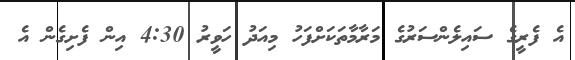
އެ ފެރީގެ ސައިލެންސަރުގެ މަރާމާތަކަށްފަހު މިއަދު ހަވީރު 4:30 އިން ފެށިގެން އެ